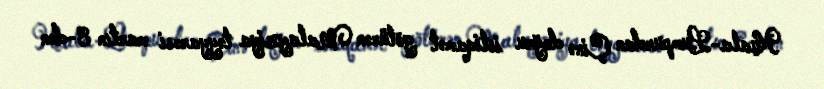
Kuala-Lumpurdan Çinə doğru istiqamət götürən Malayziya təyyarəsi martın 8-dən